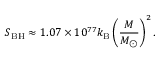
S _ { \mathrm { B H } } \approx 1 . 0 7 \times 1 0 ^ { 7 7 } k _ { \mathrm { B } } \left( \frac { M } { M _ { \odot } } \right) ^ { 2 } .